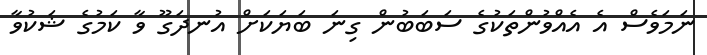
ނަމަވެސް އެ އެއްވުންތަކުގެ ސަބަބުން ގިނަ ބަޔަކަށް އުނދަގޫ ވާ ކަމުގެ ޝަކުވާ